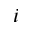
_ i